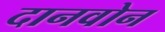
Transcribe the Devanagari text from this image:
दानवोन